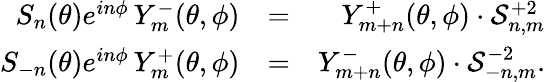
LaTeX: \begin{array}{rlr}{S_{n}(\theta)e^{in\phi}\, Y_{m}^{-}(\theta,\phi)}&{=}&{Y_{m+n}^{+}(\theta,\phi)\cdot\mathcal{S}_{n,m}^{+2}}\\ {S_{-n}(\theta)e^{in\phi}\, Y_{m}^{+}(\theta,\phi)}&{=}&{Y_{m+n}^{-}(\theta,\phi)\cdot\mathcal{S}_{-n,m}^{-2}.}\end{array}